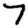
Digit: 7